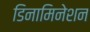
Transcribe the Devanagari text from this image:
डिनामिनेशन